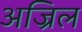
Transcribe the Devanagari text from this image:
अज्रिल